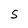
Character: S